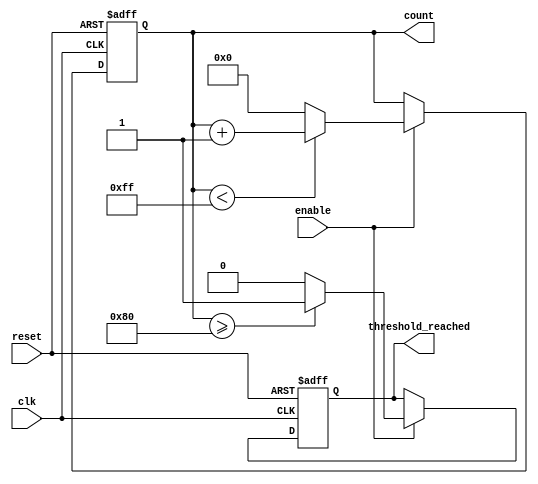
module parameter_focused_init #(
    parameter INITIAL_VALUE = 8'd0,   // Default initial value
    parameter MAX_COUNT = 8'd255,      // Maximum count value
    parameter THRESHOLD = 8'd128        // Threshold value for behavior
)(
    input wire clk,                     // Clock input
    input wire reset,                   // Reset signal
    input wire enable,                  // Enable signal
    output reg [7:0] count,             // Count output
    output reg threshold_reached        // Threshold reached flag
);

    // Internal state variable
    reg [7:0] internal_state;

    // Initialization Logic
    always @(posedge clk or posedge reset) begin
        if (reset) begin
            // Reset internal state and count to initial values
            internal_state <= INITIAL_VALUE;
            count <= INITIAL_VALUE;
            threshold_reached <= 1'b0;
        end else if (enable) begin
            // Increment count until it reaches MAX_COUNT
            if (count < MAX_COUNT) begin
                count <= count + 1'b1;
            end else begin
                count <= INITIAL_VALUE; // Reset count after reaching max
            end
            
            // Check if count has reached the threshold
            if (count >= THRESHOLD) begin
                threshold_reached <= 1'b1; // Set flag if threshold is reached
            end else begin
                threshold_reached <= 1'b0; // Clear flag otherwise
            end
        end
    end

    // Behavioral Logic
    always @(posedge clk) begin
        // Update internal state based on count
        internal_state <= count; // Example of using count to update state
    end

endmodule